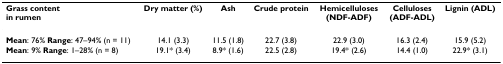
<table><thead><tr><td><b>Grass content in rumen</b></td><td><b>Dry matter (%)</b></td><td><b>Ash</b></td><td><b>Crude protein</b></td><td><b>Hemicelluloses (NDF-ADF)</b></td><td><b>Celluloses (ADF-ADL)</b></td><td><b>Lignin (ADL)</b></td></tr></thead><tbody><tr><td><b>Mean</b>: 76% <b>Range</b>: 47–94% (n = 11)</td><td>14.1 (3.3)</td><td>11.5 (1.8)</td><td>22.7 (3.8)</td><td>22.9 (3.0)</td><td>16.3 (2.4)</td><td>15.9 (5.2)</td></tr><tr><td><b>Mean</b>: 9% <b>Range</b>: 1–28% (n = 8)</td><td>19.1* (3.4)</td><td>8.9* (1.6)</td><td>22.5 (2.8)</td><td>19.4* (2.6)</td><td>14.4 (1.0)</td><td>22.9* (3.1)</td></tr></tbody></table>